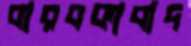
বারবকাবাদ